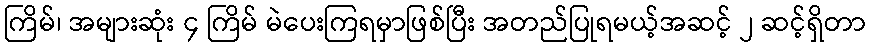
ကြိမ်၊ အများဆုံး ၄ ကြိမ် မဲပေးကြရမှာဖြစ်ပြီး အတည်ပြုရမယ့်အဆင့် ၂ ဆင့်ရှိတာ